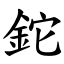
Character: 鉈